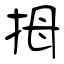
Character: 拇